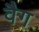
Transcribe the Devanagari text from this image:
वैग